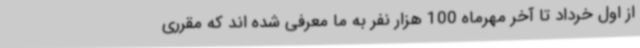
از اول خرداد تا آخر مهرماه 100 هزار نفر به ما معرفی شده اند که مقرری